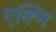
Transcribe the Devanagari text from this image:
एक्नि